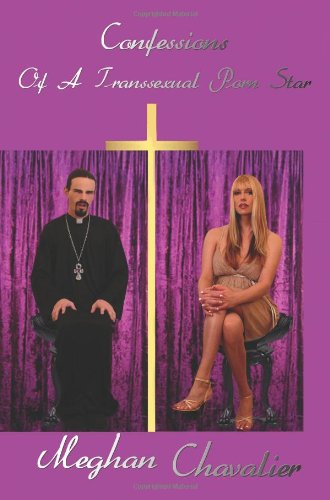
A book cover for Confessions Of A Transsexual Porn Star; Meghan Chavalier; Gay & Lesbian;